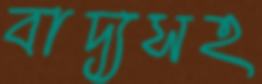
বাদ্যসহ